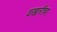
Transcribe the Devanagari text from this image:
वखारीचा